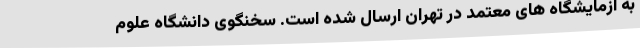
به آزمایشگاه های معتمد در تهران ارسال شده است. سخنگوی دانشگاه علوم